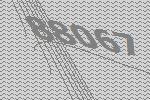
88067